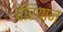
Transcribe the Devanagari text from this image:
चेरियान्